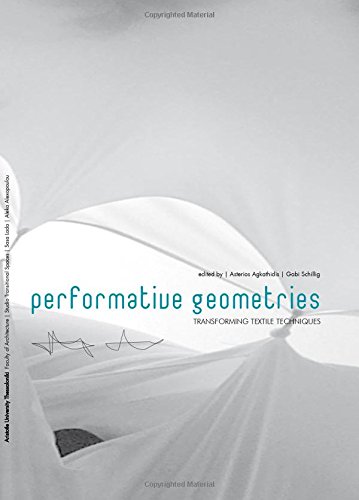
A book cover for Performative Geometries: Transforming Textile Techniques; Asterios Agkathidis; Arts & Photography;